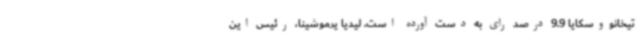
تیخانووسکایا 9.9 درصد رای به دست آورده است. لیدیا یرموشینا، رئیس این